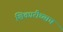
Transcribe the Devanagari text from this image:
शिकारीच्याच